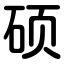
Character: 硕